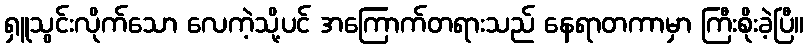
ရှူသွင်းလိုက်သော လေကဲ့သို့ပင် အကြောက်တရားသည် နေရာတကာမှာ ကြီးစိုးခဲ့ပြီ။